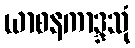
ယာစနကာဒ္ဒသုံ